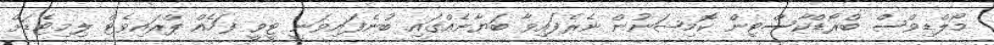
މޯލްޑިވްސް ބްރޯޑްކާސްޓިން ކޮމިޝަނުން ނެރެފައިވާ ބަޔާނެއްްގައި ބުނެފައިވަނީ ޓީވީ ފަހެއް ޕްރައިވެޓް ލިމިޓެޑަށް